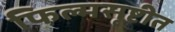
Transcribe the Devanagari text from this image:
फिल्मसृष्टीत